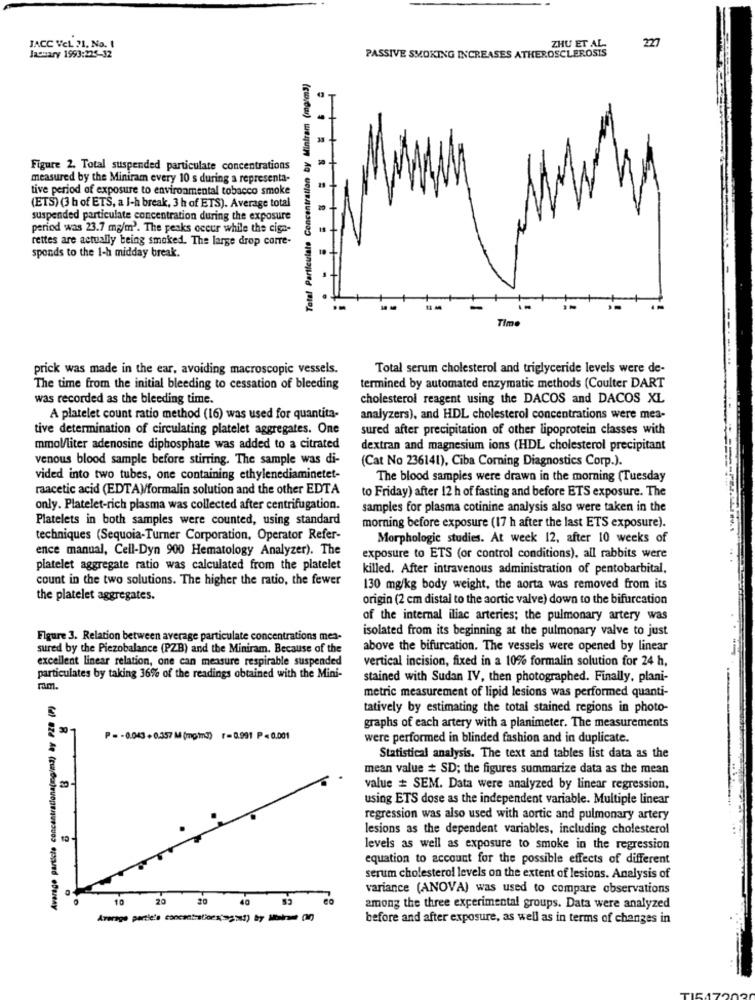
227
JACC VeL 71. No. 1
ZHU ET AL
January 1993:225-32
PASSIVE SMOKING INCREASES ATHEROSCLEROSIS
Total Particulate Concentration by Mintram (mg/m3)
Figure 2. Total suspended particulate concentrations
measured by the Miniram every 10 s during a representa-
tive period of exposure to environmental tobacco smoke
(ETS) (3 h of ETS, a I-h break, 3 h of ETS). Average total
suspended particulate concentration during the exposure
period was 23.7 mg/m'. The peaks occur while the cige-
rettes are actually being smoked. The large drop corre-
spends to the 1-h midday break.
Time
---- -....
prick was made in the ear, avoiding macroscopic vessels.
Total serum cholesterol and triglyceride levels were de-
The time from the initial bleeding to cessation of bleeding
termined by automated enzymatic methods (Coulter DART
was recorded as the bleeding time.
cholesterol reagent using the DACOS and DACOS XL
A platelet count ratio method (16) was used for quantita-
analyzers), and HDL cholesterol concentrations were mes-
tive determination of circulating platelet aggregates. One
sured after precipitation of other lipoprotein classes with
mmol/liter adenosine diphosphate was added to a citrated
dextran and magnesium ions (HDL cholesterol precipitant
venous blood sample before stirring. The sample was di-
(Cat No 236141), Ciba Corning Diagnostics Corp.).
vided into two tubes, one containing ethylenediaminetet-
The blood samples were drawn in the morning (Tuesday
raacetic acid (EDTAV/formalin solution and the other EDTA
to Friday) after 12 h of fasting and before ETS exposure. The
only. Platelet-rich plasma was collected after centrifugation.
samples for plasma cotinine analysis also were taken in the
Platelets in both samples were counted, using standard
morning before exposure (17 h after the last ETS exposure).
techniques (Sequoia-Turner Corporation, Operator Refer-
Morphologie studies. At week 12, after 10 weeks of
ence manual, Cell-Dyn 900 Hematology Analyzer). The
exposure to ETS (or control conditions), all rabbits were
platelet aggregate ratio was calculated from the platelet
killed, After intravenous administration of pentobarbital,
count in the two solutions. The higher the ratio, the fewer
130 mg/kg body weight, the aorta was removed from its
the platelet aggregates.
origin (2 cm distal to the aortic valve) down to the bifurcation
of the internal iliac arteries; the pulmonary artery was
isolated from its beginning at the pulmonary valve to just
Figure 3. Relation between average particulate concentrations mea-
sured by the Piezobalance (PZB) and the Miniram. Because of the
above the bifurcation. The vessels were opened by linear
excellent linear relation, one can measure respirable suspended
vertical incision, fixed in a 10% formalin solution for 24 h.
particulates by taking 36% of the readings obtained with the Mini-
stained with Sudan IV, then photographed. Finally, plani-
ram.
metric measurement of lipid lesions was performed quanti-
Average particle concentrationa(mg/ml) by PZB (P)
tatively by estimating the total stained regions in photo-
graphs of each artery with a planimeter. The measurements
P =- 0.043 +0.357 M (mpmm3) r= 0.991 P < 0.001
were performed in blinded fashion and in duplicate.
Statistical analysis. The text and tables list data as the
mean value # SD; the figures summarize data as the mean
value # SEM. Data were analyzed by linear regression,
using ETS dose as the independent variable. Multiple linear
regression was also used with aortic and pulmonary artery
lesions as the dependent variables, including cholesterol
levels as well as exposure to smoke in the regression
equation to account for the possible effects of different
serum cholesterol levels on the extent of lesions. Analysis of
variance (ANOVA) was used to compare observations
10
20
40
among the three experimental groups. Data were analyzed
Average partie's concentrationx">go!) by the pan
before and after exposure, as well as in terms of changes in